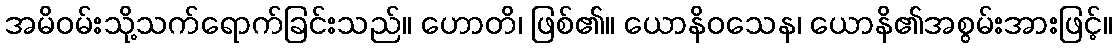
အမိဝမ်းသို့သက်ရောက်ခြင်းသည်။ ဟောတိ၊ ဖြစ်၏။ ယောနိဝသေန၊ ယောနိ၏အစွမ်းအားဖြင့်။